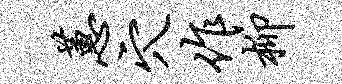
蕙穴作柳